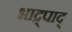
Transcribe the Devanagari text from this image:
भाद्र्पाद्